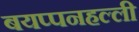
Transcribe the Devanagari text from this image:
बयप्पनहल्ली